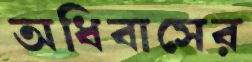
অধিবাসের